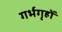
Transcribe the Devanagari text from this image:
गर्भगृहों